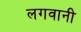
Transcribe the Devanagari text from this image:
लगवानी